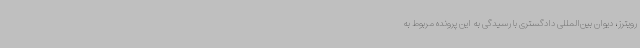
رویترز، دیوان بین‌المللی دادگستری با رسیدگی به این پرونده مربوط به